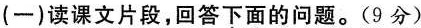
(一)读课文片段，回答下面的问题。(9分)